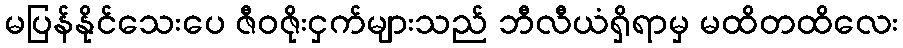
မပြန်နိုင်သေးပေ ဇီဝဇိုးငှက်များသည် ဘီလီယံရှိရာမှ မထိတထိလေး